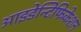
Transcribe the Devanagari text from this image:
आइडेन्टिफिकेशन